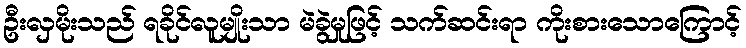
ဦးလှမိုးသည် ရခိုင်လူမျိုးသာ မဲခွဲမှုဖြင့် သက်ဆင်းရာ ကိုးစားသောကြောင့်